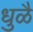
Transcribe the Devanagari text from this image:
धुळै